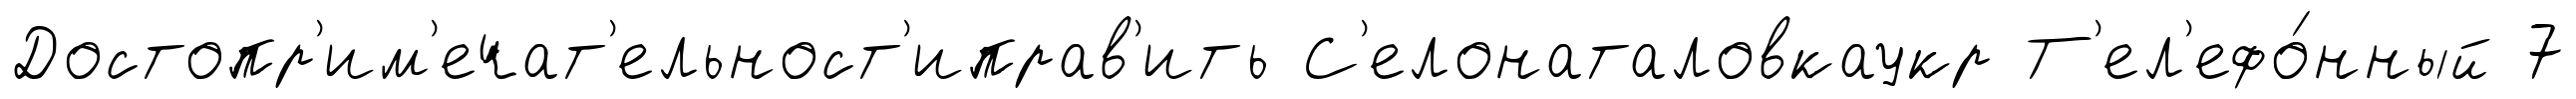
Достопр'им'ечат'ельност'иправ'ить С'елонаталовкаукр Т'ел'ефо́нный 7